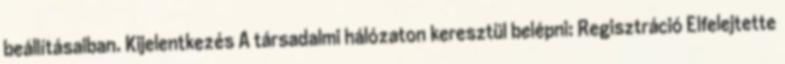
beállításaiban. Kijelentkezés A társadalmi hálózaton keresztül belépni: Regisztráció Elfelejtette